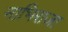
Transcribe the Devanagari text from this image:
नाभिराजा